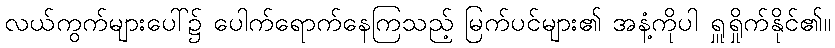
လယ်ကွက်များပေါ်၌ ပေါက်ရောက်နေကြသည့် မြက်ပင်များ၏ အနံ့ကိုပါ ရှူရှိုက်နိုင်၏။